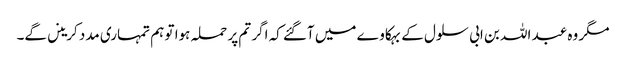
مگر وہ عبد اللہ بن ابی سلول کے بہکا وے میں آگئے کہ اگر تم پر حملہ ہوا تو ہم تمہاری مدد کرینں گے۔